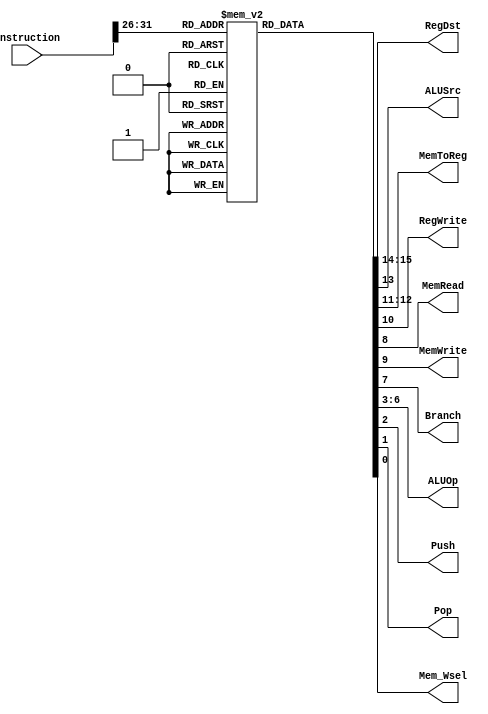
`timescale 1ns / 1ps

module control_unit(
    input [31:0] instruction,
    output reg [1:0] RegDst,    // Destination for I and R type instruction
    output reg       ALUSrc,    // Decides between Register input to ALU and I Type add immediate
    output reg [1:0] MemToReg,  // Decides between SW and ALU output
    output reg       RegWrite,  // Write enable for Register File
    output reg       MemRead,   // Read from data memory
    output reg       MemWrite,  // Write to data memory
    output reg       Branch,    // 1 if instruction is beq and thus decides Program Counter
    output reg [3:0] ALUOp,     // ALU Opcode
    output reg       Push,       // 1
    output reg       Pop,       // 1 
    output reg       Mem_Wsel       // 1 

);

wire [5:0] opcode;
assign opcode = instruction [31:26];
reg [16:0]  controlSignals[63:0];

initial
begin
    controlSignals[6'b000000] = 16'b1000010000010000;   //rtype
    controlSignals[6'b000001] = 16'b0010010000000000;   //ADDI
    controlSignals[6'b000010] = 16'b0010010000001000;   //SUBI
    controlSignals[6'b000011] = 16'b0010010000100000;   //ANDI
    controlSignals[6'b000100] = 16'b0010010000101000;   //ORI
    controlSignals[6'b000101] = 16'b0010010000110000;   //XORI
    controlSignals[6'b000110] = 16'b0010010000111000;   //SLAI
    controlSignals[6'b000111] = 16'b0010010001000000;   //SRAI
    controlSignals[6'b001000] = 16'b0010010001001000;   //SRLI
    controlSignals[6'b001001] = 16'b0110110101010000;   //LD
    controlSignals[6'b001010] = 16'b0010001001010000;   //ST
    controlSignals[6'b001011] = 16'b0010100101010100;   //LDSP            ///Mem to reg will be passed to both stack and registers.
    controlSignals[6'b001100] = 16'b0010001001010011;   //STSP
    controlSignals[6'b001101] = 16'b0000000011011000;   //BR
    controlSignals[6'b001110] = 16'b0000000011011000;   //BMI
    controlSignals[6'b001111] = 16'b0000000011011000;   //BPL
    controlSignals[6'b010000] = 16'b0000000011011000;   //BZ
    controlSignals[6'b010001] = 16'b0100010001100000;   //MOVE
    controlSignals[6'b010010] = 16'b0000000001100100;   //PUSH
    controlSignals[6'b010011] = 16'b0001010000000010;   //POP
    controlSignals[6'b010100] = 16'b0000000001100100;   //CALL
    controlSignals[6'b010101] = 16'b0001010000000010;   //RET

end
    // controlSignals[6'b000000] = 10|0|00|1|0|0|0||0010|0|0|0
    
    // controlSignals[6'b000001] = 00|1|00|1|0|0|0||0000|0|0|0
    // controlSignals[6'b000010] = 00|1|00|1|0|0|0||0001|0|0|0
    // controlSignals[6'b000011] = 00|1|00|1|0|0|0||0100|0|0|0
    // controlSignals[6'b000100] = 00|1|00|1|0|0|0||0101|0|0|0
    // controlSignals[6'b000101] = 00|1|00|1|0|0|0||0110|0|0|0
    // controlSignals[6'b000110] = 00|1|00|1|0|0|0||0111|0|0|0
    // controlSignals[6'b000111] = 00|1|00|1|0|0|0||1000|0|0|0
    // controlSignals[6'b001000] = 00|1|00|1|0|0|0||1001|0|0|0

    // controlSignals[6'b001001] = 01|1|01|1|0|1|0||1010|0|0|0
    // controlSignals[6'b001010] = 00|1|00|0|1|0|0||1010|0|0|0
    // controlSignals[6'b001011] = 00|1|01|0|0|1|0||1010|1|0|0 ///Mem to reg will be passed to both stack and registers.
    // controlSignals[6'b001100] = 00|1|00|0|1|0|0||1010|0|1|1

    // controlSignals[6'b001101] = 00|0|00|0|0|0|1||1011|0|0|0
    // controlSignals[6'b001110] = 00|0|00|0|0|0|1||1011|0|0|0
    // controlSignals[6'b001111] = 00|0|00|0|0|0|1||1011|0|0|0
    // controlSignals[6'b010000] = 00|0|00|0|0|0|1||1011|0|0|0

    // controlSignals[6'b010001] = 01|0|00|1|0|0|0||1100|0|0|0

    // controlSignals[6'b010010] = 00|0|00|0|0|0|0||1100|1|0|0
    // controlSignals[6'b010011] = 00|0|10|1|0|0|0||0000|0|1|0
    // controlSignals[6'b000000] = 0

always @(instruction)
    begin
    #5;
        RegDst   = controlSignals[opcode][15:14];//2 bits
        ALUSrc   = controlSignals[opcode][13]; //1 bits
        MemToReg = controlSignals[opcode][12:11]; // 2bits 00->Alu , 01-> Mem out , 10-> stack_out
        RegWrite = controlSignals[opcode][10]; // 1 bits
        MemWrite = controlSignals[opcode][9]; // 1 bits
        MemRead  = controlSignals[opcode][8]; // 1 bits
        Branch   = controlSignals[opcode][7]; // 1 bits
        ALUOp    = controlSignals[opcode][6:3]; // 4 bits
        Push     = controlSignals[opcode][2];   // 1bits
        Pop      = controlSignals[opcode][1];   // 1bits
        Mem_Wsel = controlSignals[opcode][0];   // 1 bits
        $display("CONTROL UNIT :: control signals = %b,Instructions = %b ,opcode = %b ,RegDst = %d, MemtoReg = %d, Memwrite = %d, ALU = %d",controlSignals[opcode],instruction,opcode,RegDst,MemToReg,MemWrite,ALUOp);
    end
endmodule